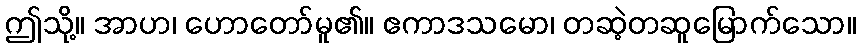
ဤသို့။ အာဟ၊ ဟောတော်မူ၏။ ဧကာဒသမော၊ တဆဲ့တဆူမြောက်သော။